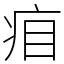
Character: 㾇